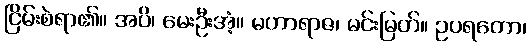
ငြိမ်းစဲရာ၏။ အပိ၊ မေးဦးအံ့။ မဟာရာဇ၊ မင်းမြတ်။ ဥပရတော၊